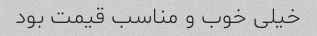
خیلی خوب و مناسب قیمت بود